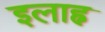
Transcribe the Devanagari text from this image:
इलाह्